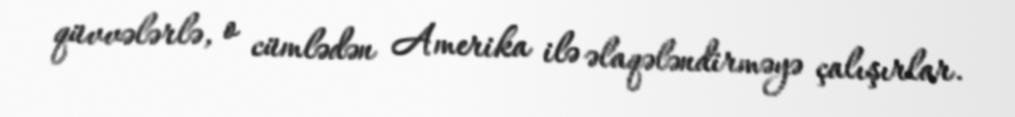
qüvvələrlə, o cümlədən Amerika ilə əlaqələndirməyə çalışırlar.